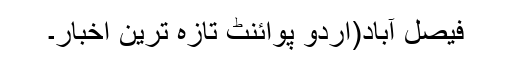
فیصل آباد(اُردو پوائنٹ تازہ ترین اخبار۔